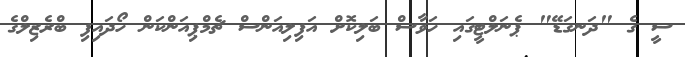
ސީ ގެ "ދަނގަޑޭ" ޕެނަލްޓީގައި ހަވާސް ބަލިކޮށް އަފިލިއަންސް ޗެމްޕިއަންކަން ހޯދައިފި ބްރެޒިލްގެ